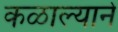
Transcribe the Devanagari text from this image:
कळाल्याने